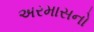
અરમાસનો